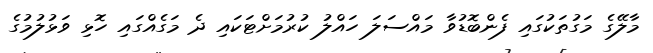
މާލޭގެ މަގުތަކުގައި ފެންބޮޑުވާ މައްސަލަ ހައްލު ކުރުމަށްޓަކައި ދެ މަގެއްގައި ހޮޅި ވަޅުލުމުގެ